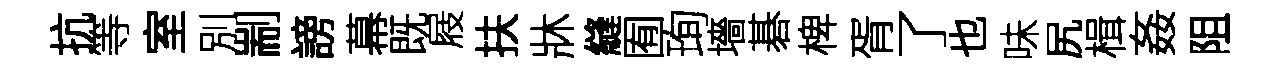
抗等室別剬謗幕既屐扶牀縫囿珣墻碁椑胥了也味尻楫姦阻